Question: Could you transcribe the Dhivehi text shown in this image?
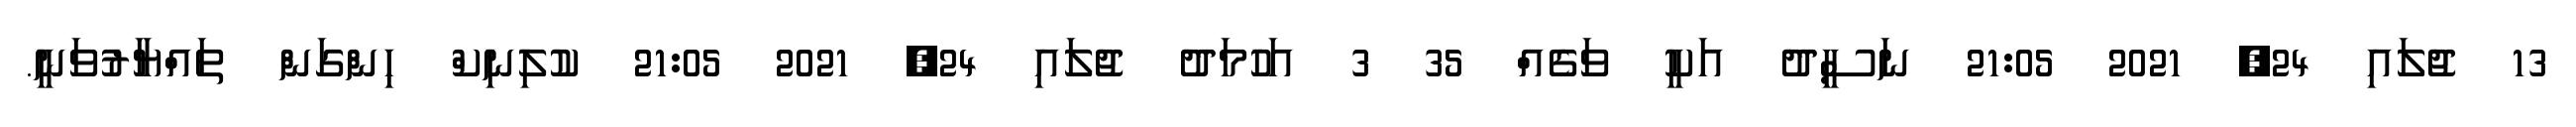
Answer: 13 ޖުލައި 24, 2021 21:05 ނަސީދު އަކީ ވަގެއް 35 3 އަހުމަދު ޖުލައި 24, 2021 21:05 ކުލިނިކް ހިންގަން ތައްޔާރުވަނީ.